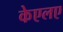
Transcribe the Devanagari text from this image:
केएलए